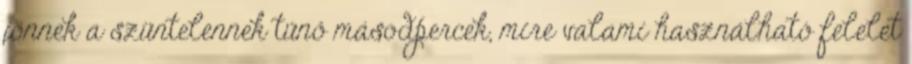
jönnek a szüntelennek tűnő másodpercek, mire valami használható felelet